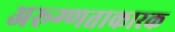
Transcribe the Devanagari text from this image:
अरूग्णताकारक